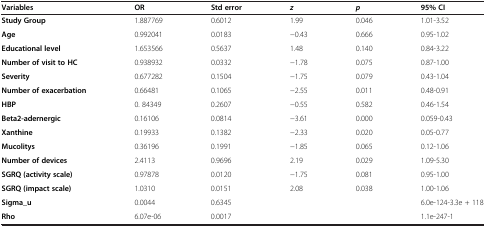
<table><thead><tr><td><b>Variables</b></td><td><b>OR</b></td><td><b>Std error</b></td><td><b><i>z</i></b></td><td><b><i>p</i></b></td><td><b>95% CI</b></td></tr></thead><tbody><tr><td><b>Study Group</b></td><td>1.887769</td><td>0.6012</td><td>1.99</td><td>0.046</td><td>1.01-3.52</td></tr><tr><td><b>Age</b></td><td>0.992041</td><td>0.0183</td><td>−0.43</td><td>0.666</td><td>0.95-1.02</td></tr><tr><td><b>Educational level</b></td><td>1.653566</td><td>0.5637</td><td>1.48</td><td>0.140</td><td>0.84-3.22</td></tr><tr><td><b>Number of visit to HC</b></td><td>0.938932</td><td>0.0332</td><td>−1.78</td><td>0.075</td><td>0.87-1.00</td></tr><tr><td><b>Severity</b></td><td>0.677282</td><td>0.1504</td><td>−1.75</td><td>0.079</td><td>0.43-1.04</td></tr><tr><td><b>Number of exacerbation</b></td><td>0.66481</td><td>0.1065</td><td>−2.55</td><td>0.011</td><td>0.48-0.91</td></tr><tr><td><b>HBP</b></td><td>0. 84349</td><td>0.2607</td><td>−0.55</td><td>0.582</td><td>0.46-1.54</td></tr><tr><td><b>Beta2-adernergic</b></td><td>0.16106</td><td>0.0814</td><td>−3.61</td><td>0.000</td><td>0.059-0.43</td></tr><tr><td><b>Xanthine</b></td><td>0.19933</td><td>0.1382</td><td>−2.33</td><td>0.020</td><td>0.05-0.77</td></tr><tr><td><b>Mucolitys</b></td><td>0.36196</td><td>0.1991</td><td>−1.85</td><td>0.065</td><td>0.12-1.06</td></tr><tr><td><b>Number of devices</b></td><td>2.4113</td><td>0.9696</td><td>2.19</td><td>0.029</td><td>1.09-5.30</td></tr><tr><td><b>SGRQ (activity scale)</b></td><td>0.97878</td><td>0.0120</td><td>−1.75</td><td>0.081</td><td>0.95-1.00</td></tr><tr><td><b>SGRQ (impact scale)</b></td><td>1.0310</td><td>0.0151</td><td>2.08</td><td>0.038</td><td>1.00-1.06</td></tr><tr><td><b>Sigma_u</b></td><td>0.0044</td><td>0.6345</td><td rowspan="2" colspan="2"> </td><td>6.0e-124-3.3e + 118</td></tr><tr><td><b>Rho</b></td><td>6.07e-06</td><td>0.0017</td><td>1.1e-247-1</td></tr></tbody></table>